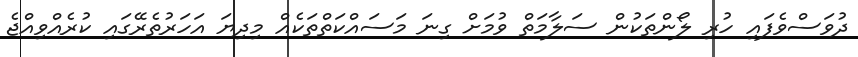
ދުވަސްވެފައި ހުރި ލޯންތަކުން ސަލާމަތް ވުމަށް ގިނަ މަސައްކަތްތަކެއް މިދިޔަ އަހަރުތެރޭގައި ކުރެއްވިއްޖެ